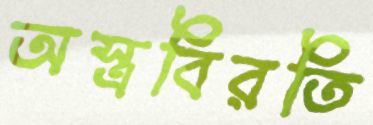
অস্ত্রবিরতি